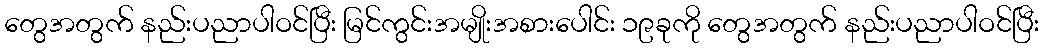
တွေအတွက် နည်းပညာပါဝင်ပြီး မြင်ကွင်းအမျိုးအစားပေါင်း ၁၉ခုကို တွေအတွက် နည်းပညာပါဝင်ပြီး